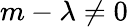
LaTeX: m-\lambda\neq 0